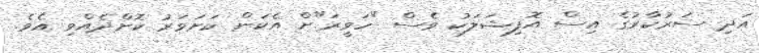
އަދި ސަރުކާރުގެ އިސް އޮފިޝަލަކު ވެސް "ހަވީރަ"ށް އެކަން ކަށަވަރު ކޮށްދެއްވި އެވެ.